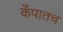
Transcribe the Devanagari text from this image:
कँपातच